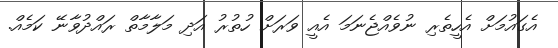
އެގައުމަށް އެހީތެރި ނުވެއްޖެނަމަ އެއީ ވަރަށް ހުތުރު އަދި މަލާމާތް ރައްދުވާނޭ ކަމެއް.